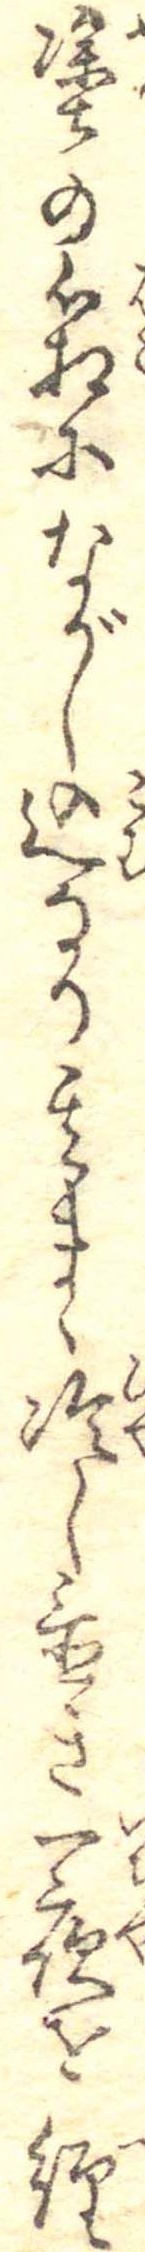
塗の箱にながし込なり其まゝ冷し置き一夜を経